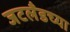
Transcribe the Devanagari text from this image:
जटलँडच्या